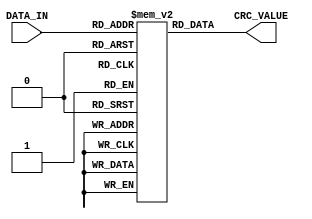
`timescale 1ns / 1ps
//////////////////////////////////////////////////////////////////////////////////
// Company: 
// Engineer: 
// 
// Design Name: 
// Module Name: lut_07
// Project Name: 
// Target Devices: 
// Tool Versions: 
// Description: 
// 
// Dependencies: 
// 
// Revision:
// Revision 0.01 - File Created
// Additional Comments:
// 
//////////////////////////////////////////////////////////////////////////////////


module lut_07(
    input [7:0] DATA_IN,
    output [31:0] CRC_VALUE
    );
    
    
    reg [31:0] rom[255:0];
    assign CRC_VALUE = rom[DATA_IN];
    
    initial
    begin
        rom[0] <= 32'h00000000;
        rom[1] <= 32'h4f576811;
        rom[2] <= 32'h9eaed022;
        rom[3] <= 32'hd1f9b833;
        rom[4] <= 32'h399cbdf3;
        rom[5] <= 32'h76cbd5e2;
        rom[6] <= 32'ha7326dd1;
        rom[7] <= 32'he86505c0;
        rom[8] <= 32'h73397be6;
        rom[9] <= 32'h3c6e13f7;
        rom[10] <= 32'hed97abc4;
        rom[11] <= 32'ha2c0c3d5;
        rom[12] <= 32'h4aa5c615;
        rom[13] <= 32'h05f2ae04;
        rom[14] <= 32'hd40b1637;
        rom[15] <= 32'h9b5c7e26;
        rom[16] <= 32'he672f7cc;
        rom[17] <= 32'ha9259fdd;
        rom[18] <= 32'h78dc27ee;
        rom[19] <= 32'h378b4fff;
        rom[20] <= 32'hdfee4a3f;
        rom[21] <= 32'h90b9222e;
        rom[22] <= 32'h41409a1d;
        rom[23] <= 32'h0e17f20c;
        rom[24] <= 32'h954b8c2a;
        rom[25] <= 32'hda1ce43b;
        rom[26] <= 32'h0be55c08;
        rom[27] <= 32'h44b23419;
        rom[28] <= 32'hacd731d9;
        rom[29] <= 32'he38059c8;
        rom[30] <= 32'h3279e1fb;
        rom[31] <= 32'h7d2e89ea;
        rom[32] <= 32'hc824f22f;
        rom[33] <= 32'h87739a3e;
        rom[34] <= 32'h568a220d;
        rom[35] <= 32'h19dd4a1c;
        rom[36] <= 32'hf1b84fdc;
        rom[37] <= 32'hbeef27cd;
        rom[38] <= 32'h6f169ffe;
        rom[39] <= 32'h2041f7ef;
        rom[40] <= 32'hbb1d89c9;
        rom[41] <= 32'hf44ae1d8;
        rom[42] <= 32'h25b359eb;
        rom[43] <= 32'h6ae431fa;
        rom[44] <= 32'h8281343a;
        rom[45] <= 32'hcdd65c2b;
        rom[46] <= 32'h1c2fe418;
        rom[47] <= 32'h53788c09;
        rom[48] <= 32'h2e5605e3;
        rom[49] <= 32'h61016df2;
        rom[50] <= 32'hb0f8d5c1;
        rom[51] <= 32'hffafbdd0;
        rom[52] <= 32'h17cab810;
        rom[53] <= 32'h589dd001;
        rom[54] <= 32'h89646832;
        rom[55] <= 32'hc6330023;
        rom[56] <= 32'h5d6f7e05;
        rom[57] <= 32'h12381614;
        rom[58] <= 32'hc3c1ae27;
        rom[59] <= 32'h8c96c636;
        rom[60] <= 32'h64f3c3f6;
        rom[61] <= 32'h2ba4abe7;
        rom[62] <= 32'hfa5d13d4;
        rom[63] <= 32'hb50a7bc5;
        rom[64] <= 32'h9488f9e9;
        rom[65] <= 32'hdbdf91f8;
        rom[66] <= 32'h0a2629cb;
        rom[67] <= 32'h457141da;
        rom[68] <= 32'had14441a;
        rom[69] <= 32'he2432c0b;
        rom[70] <= 32'h33ba9438;
        rom[71] <= 32'h7cedfc29;
        rom[72] <= 32'he7b1820f;
        rom[73] <= 32'ha8e6ea1e;
        rom[74] <= 32'h791f522d;
        rom[75] <= 32'h36483a3c;
        rom[76] <= 32'hde2d3ffc;
        rom[77] <= 32'h917a57ed;
        rom[78] <= 32'h4083efde;
        rom[79] <= 32'h0fd487cf;
        rom[80] <= 32'h72fa0e25;
        rom[81] <= 32'h3dad6634;
        rom[82] <= 32'hec54de07;
        rom[83] <= 32'ha303b616;
        rom[84] <= 32'h4b66b3d6;
        rom[85] <= 32'h0431dbc7;
        rom[86] <= 32'hd5c863f4;
        rom[87] <= 32'h9a9f0be5;
        rom[88] <= 32'h01c375c3;
        rom[89] <= 32'h4e941dd2;
        rom[90] <= 32'h9f6da5e1;
        rom[91] <= 32'hd03acdf0;
        rom[92] <= 32'h385fc830;
        rom[93] <= 32'h7708a021;
        rom[94] <= 32'ha6f11812;
        rom[95] <= 32'he9a67003;
        rom[96] <= 32'h5cac0bc6;
        rom[97] <= 32'h13fb63d7;
        rom[98] <= 32'hc202dbe4;
        rom[99] <= 32'h8d55b3f5;
        rom[100] <= 32'h6530b635;
        rom[101] <= 32'h2a67de24;
        rom[102] <= 32'hfb9e6617;
        rom[103] <= 32'hb4c90e06;
        rom[104] <= 32'h2f957020;
        rom[105] <= 32'h60c21831;
        rom[106] <= 32'hb13ba002;
        rom[107] <= 32'hfe6cc813;
        rom[108] <= 32'h1609cdd3;
        rom[109] <= 32'h595ea5c2;
        rom[110] <= 32'h88a71df1;
        rom[111] <= 32'hc7f075e0;
        rom[112] <= 32'hbadefc0a;
        rom[113] <= 32'hf589941b;
        rom[114] <= 32'h24702c28;
        rom[115] <= 32'h6b274439;
        rom[116] <= 32'h834241f9;
        rom[117] <= 32'hcc1529e8;
        rom[118] <= 32'h1dec91db;
        rom[119] <= 32'h52bbf9ca;
        rom[120] <= 32'hc9e787ec;
        rom[121] <= 32'h86b0effd;
        rom[122] <= 32'h574957ce;
        rom[123] <= 32'h181e3fdf;
        rom[124] <= 32'hf07b3a1f;
        rom[125] <= 32'hbf2c520e;
        rom[126] <= 32'h6ed5ea3d;
        rom[127] <= 32'h2182822c;
        rom[128] <= 32'h2dd0ee65;
        rom[129] <= 32'h62878674;
        rom[130] <= 32'hb37e3e47;
        rom[131] <= 32'hfc295656;
        rom[132] <= 32'h144c5396;
        rom[133] <= 32'h5b1b3b87;
        rom[134] <= 32'h8ae283b4;
        rom[135] <= 32'hc5b5eba5;
        rom[136] <= 32'h5ee99583;
        rom[137] <= 32'h11befd92;
        rom[138] <= 32'hc04745a1;
        rom[139] <= 32'h8f102db0;
        rom[140] <= 32'h67752870;
        rom[141] <= 32'h28224061;
        rom[142] <= 32'hf9dbf852;
        rom[143] <= 32'hb68c9043;
        rom[144] <= 32'hcba219a9;
        rom[145] <= 32'h84f571b8;
        rom[146] <= 32'h550cc98b;
        rom[147] <= 32'h1a5ba19a;
        rom[148] <= 32'hf23ea45a;
        rom[149] <= 32'hbd69cc4b;
        rom[150] <= 32'h6c907478;
        rom[151] <= 32'h23c71c69;
        rom[152] <= 32'hb89b624f;
        rom[153] <= 32'hf7cc0a5e;
        rom[154] <= 32'h2635b26d;
        rom[155] <= 32'h6962da7c;
        rom[156] <= 32'h8107dfbc;
        rom[157] <= 32'hce50b7ad;
        rom[158] <= 32'h1fa90f9e;
        rom[159] <= 32'h50fe678f;
        rom[160] <= 32'he5f41c4a;
        rom[161] <= 32'haaa3745b;
        rom[162] <= 32'h7b5acc68;
        rom[163] <= 32'h340da479;
        rom[164] <= 32'hdc68a1b9;
        rom[165] <= 32'h933fc9a8;
        rom[166] <= 32'h42c6719b;
        rom[167] <= 32'h0d91198a;
        rom[168] <= 32'h96cd67ac;
        rom[169] <= 32'hd99a0fbd;
        rom[170] <= 32'h0863b78e;
        rom[171] <= 32'h4734df9f;
        rom[172] <= 32'haf51da5f;
        rom[173] <= 32'he006b24e;
        rom[174] <= 32'h31ff0a7d;
        rom[175] <= 32'h7ea8626c;
        rom[176] <= 32'h0386eb86;
        rom[177] <= 32'h4cd18397;
        rom[178] <= 32'h9d283ba4;
        rom[179] <= 32'hd27f53b5;
        rom[180] <= 32'h3a1a5675;
        rom[181] <= 32'h754d3e64;
        rom[182] <= 32'ha4b48657;
        rom[183] <= 32'hebe3ee46;
        rom[184] <= 32'h70bf9060;
        rom[185] <= 32'h3fe8f871;
        rom[186] <= 32'hee114042;
        rom[187] <= 32'ha1462853;
        rom[188] <= 32'h49232d93;
        rom[189] <= 32'h06744582;
        rom[190] <= 32'hd78dfdb1;
        rom[191] <= 32'h98da95a0;
        rom[192] <= 32'hb958178c;
        rom[193] <= 32'hf60f7f9d;
        rom[194] <= 32'h27f6c7ae;
        rom[195] <= 32'h68a1afbf;
        rom[196] <= 32'h80c4aa7f;
        rom[197] <= 32'hcf93c26e;
        rom[198] <= 32'h1e6a7a5d;
        rom[199] <= 32'h513d124c;
        rom[200] <= 32'hca616c6a;
        rom[201] <= 32'h8536047b;
        rom[202] <= 32'h54cfbc48;
        rom[203] <= 32'h1b98d459;
        rom[204] <= 32'hf3fdd199;
        rom[205] <= 32'hbcaab988;
        rom[206] <= 32'h6d5301bb;
        rom[207] <= 32'h220469aa;
        rom[208] <= 32'h5f2ae040;
        rom[209] <= 32'h107d8851;
        rom[210] <= 32'hc1843062;
        rom[211] <= 32'h8ed35873;
        rom[212] <= 32'h66b65db3;
        rom[213] <= 32'h29e135a2;
        rom[214] <= 32'hf8188d91;
        rom[215] <= 32'hb74fe580;
        rom[216] <= 32'h2c139ba6;
        rom[217] <= 32'h6344f3b7;
        rom[218] <= 32'hb2bd4b84;
        rom[219] <= 32'hfdea2395;
        rom[220] <= 32'h158f2655;
        rom[221] <= 32'h5ad84e44;
        rom[222] <= 32'h8b21f677;
        rom[223] <= 32'hc4769e66;
        rom[224] <= 32'h717ce5a3;
        rom[225] <= 32'h3e2b8db2;
        rom[226] <= 32'hefd23581;
        rom[227] <= 32'ha0855d90;
        rom[228] <= 32'h48e05850;
        rom[229] <= 32'h07b73041;
        rom[230] <= 32'hd64e8872;
        rom[231] <= 32'h9919e063;
        rom[232] <= 32'h02459e45;
        rom[233] <= 32'h4d12f654;
        rom[234] <= 32'h9ceb4e67;
        rom[235] <= 32'hd3bc2676;
        rom[236] <= 32'h3bd923b6;
        rom[237] <= 32'h748e4ba7;
        rom[238] <= 32'ha577f394;
        rom[239] <= 32'hea209b85;
        rom[240] <= 32'h970e126f;
        rom[241] <= 32'hd8597a7e;
        rom[242] <= 32'h09a0c24d;
        rom[243] <= 32'h46f7aa5c;
        rom[244] <= 32'hae92af9c;
        rom[245] <= 32'he1c5c78d;
        rom[246] <= 32'h303c7fbe;
        rom[247] <= 32'h7f6b17af;
        rom[248] <= 32'he4376989;
        rom[249] <= 32'hab600198;
        rom[250] <= 32'h7a99b9ab;
        rom[251] <= 32'h35ced1ba;
        rom[252] <= 32'hddabd47a;
        rom[253] <= 32'h92fcbc6b;
        rom[254] <= 32'h43050458;
        rom[255] <= 32'h0c526c49;
    end
    
endmodule